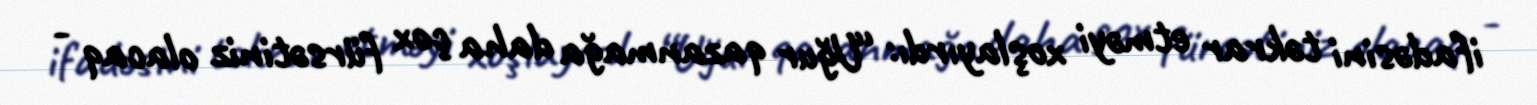
ifadəsini təkrar etməyi xoşlayırdı: “Uğur qazanmağa daha çox fürsətiniz olacaq -